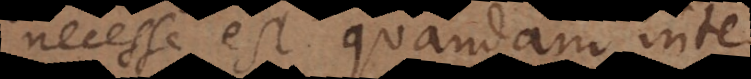
necesse est quandam inter